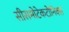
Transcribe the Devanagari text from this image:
सीसमोटेकटोनिक्‍स